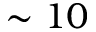
\sim 1 0